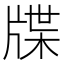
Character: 牒